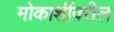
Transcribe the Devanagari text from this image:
मोकाशींवरील